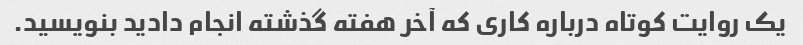
یک روایت کوتاه درباره کاری که آخر هفته گذشته انجام دادید بنویسید.